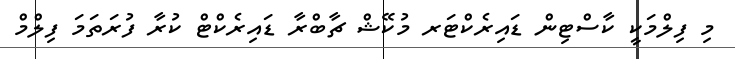
މި ފިލްމަކީ ކާސްޓިން ޑައިރެކްޓަރ މުކޭޝް ޗާބްރާ ޑައިރެކްޓް ކުރާ ފުރަތަމަ ފިލްމް